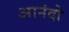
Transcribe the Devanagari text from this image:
आनंदो